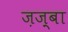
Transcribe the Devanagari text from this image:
ज़ज़्बा